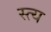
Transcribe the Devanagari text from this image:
स्त्य